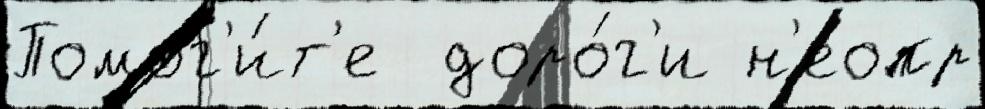
Помог'и́т'е  доро́г'и н'еопр